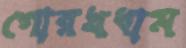
গোরখধাম